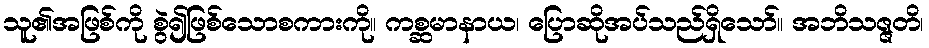
သူ၏အဖြစ်ကို စွဲ၍ဖြစ်သောစကားကို။ ကစ္ဆမာနာယ၊ ပြောဆိုအပ်သည်ရှိသော်။ အဘိသဇ္ဇတိ၊